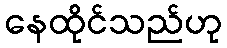
နေထိုင်သည်ဟု